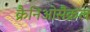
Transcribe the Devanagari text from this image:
क्रैनिओसैक्रल